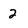
Character: 2